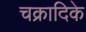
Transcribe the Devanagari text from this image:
चक्रादिके